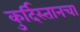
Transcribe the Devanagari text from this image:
कुर्दिस्तानचा